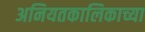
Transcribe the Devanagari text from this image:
अनियतकालिकाच्या